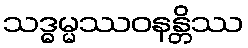
သဒ္ဓမ္မဿဝနန္တိဿ